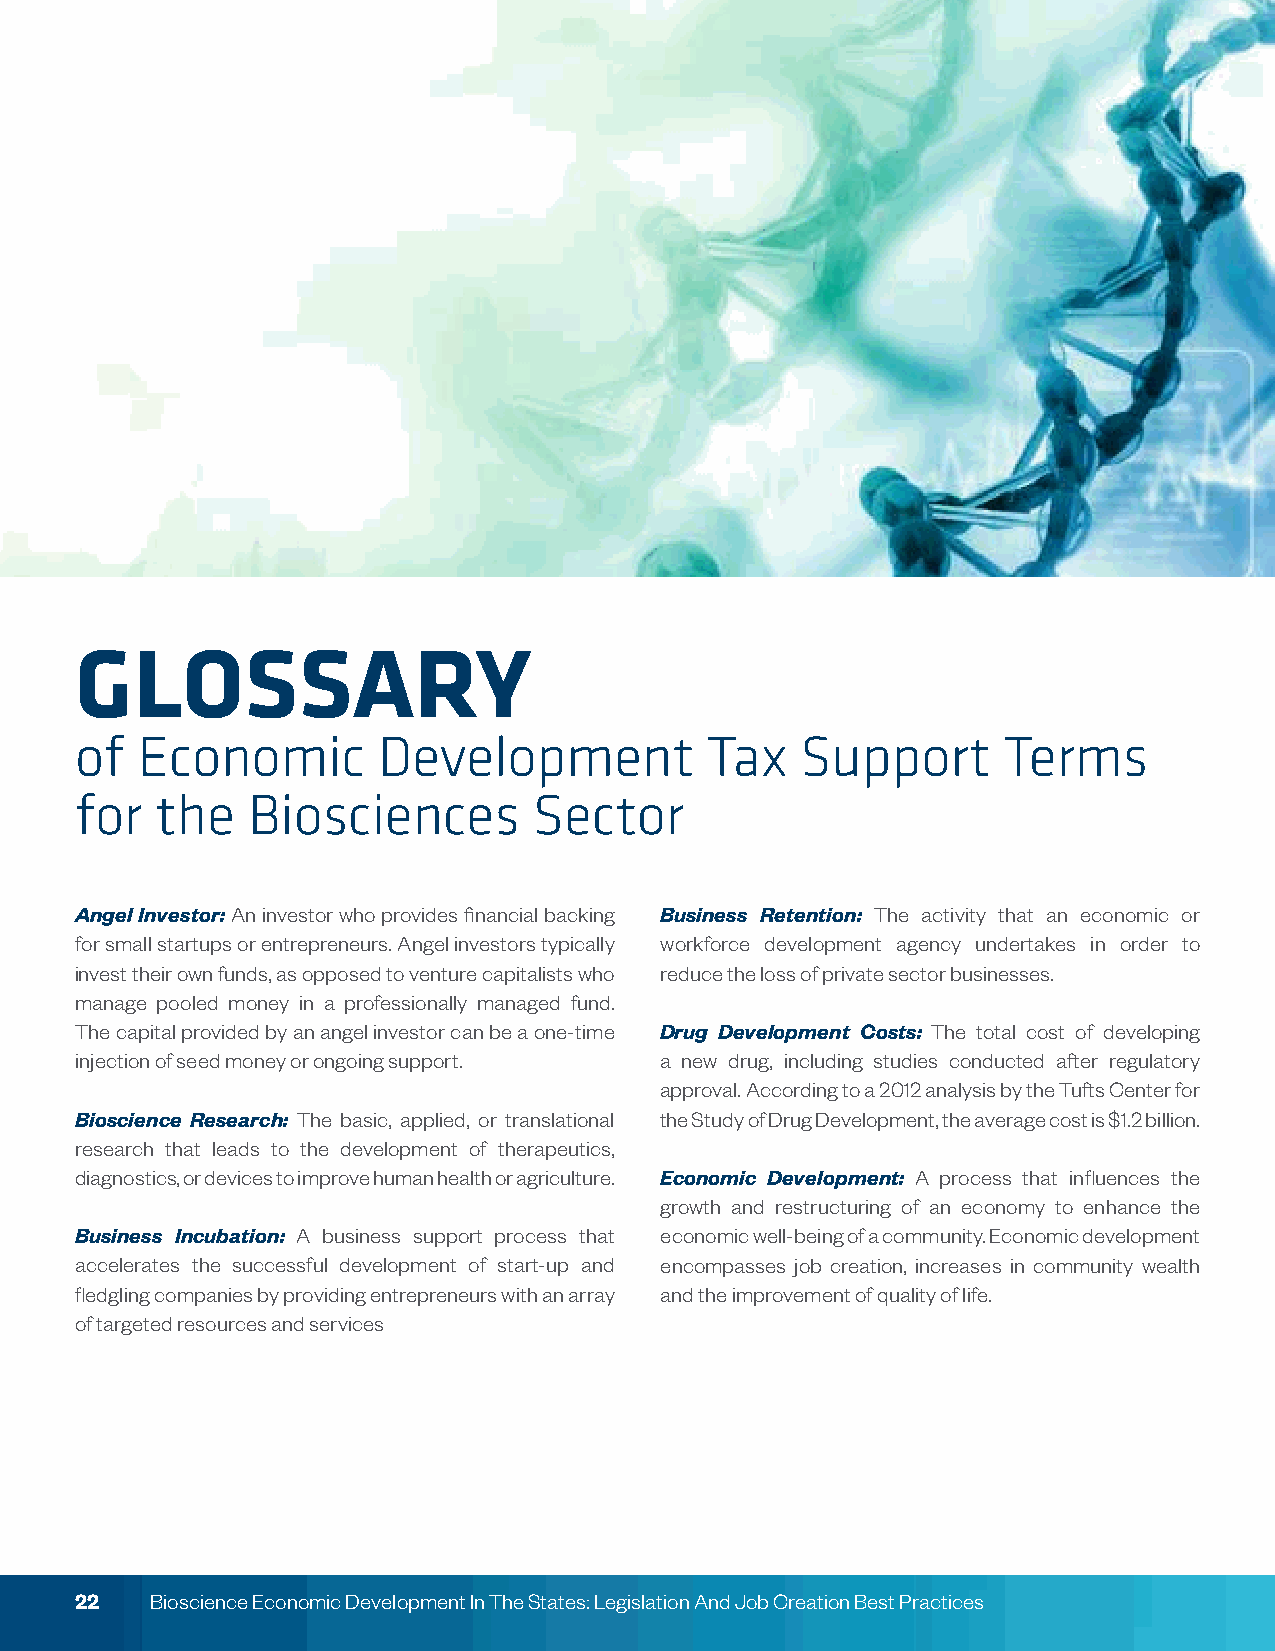
GLOSSARY
 of  Economic        Development           Tax   Support      Terms
 for  the   Biosciences        Sector
 Angel Investor: An investor who provides financial backing Business Retention: The activity that an economic or
 for small startups or entrepreneurs. Angel investors typically workforce development agency undertakes in order to
 invest their own funds, as opposed to venture capitalists who reduce the loss of private sector businesses.
 manage pooled money in a professionally managed fund.
 The capital provided by an angel investor can be a one-time Drug Development Costs: The total cost of developing
 injection of seed money or ongoing support. a new drug, including studies conducted after regulatory
 approval. According to a 2012 analysis by the Tufts Center for
 Bioscience Research: The basic, applied, or translational the Study of Drug Development, the average cost is $1.2 billion.
 research that leads to the development of therapeutics,
 diagnostics, or devices to improve human health or agriculture. Economic Development: A process that influences the
 growth and restructuring of an economy to enhance the
 Business Incubation: A business support process that economic well-being of a community. Economic development
 accelerates the successful development of start-up and encompasses job creation, increases in community wealth
 fledgling companies by providing entrepreneurs with an array and the improvement of quality of life.
 of targeted resources and services
 22   Bioscience Economic Development In The States: Legislation And Job Creation Best Practices